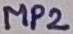
Text: MP2